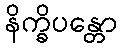
နိက္ခိပန္တော